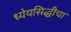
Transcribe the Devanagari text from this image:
ध्येयसिद्धीचा